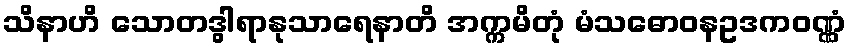
သိနာဟိ သောတဒွါရာနုသာရေနာတိ အက္ကမိတုံ မံသဓောဝနဥဒကဝဏ္ဏံ